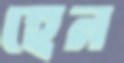
হেন